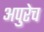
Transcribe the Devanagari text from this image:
अपुरेच